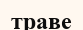
траве